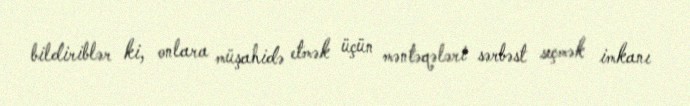
bildiriblər ki, onlara müşahidə etmək üçün məntəqələri sərbəst seçmək imkanı